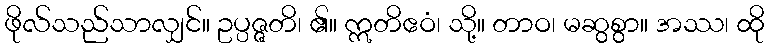
ဖိုလ်သည်သာလျှင်။ ဥပ္ပဇ္ဇတိ၊ ၏။ ဣတိဧဝံ၊ သို့။ တာဝ၊ မဆွစွာ။ အဿ၊ ထို